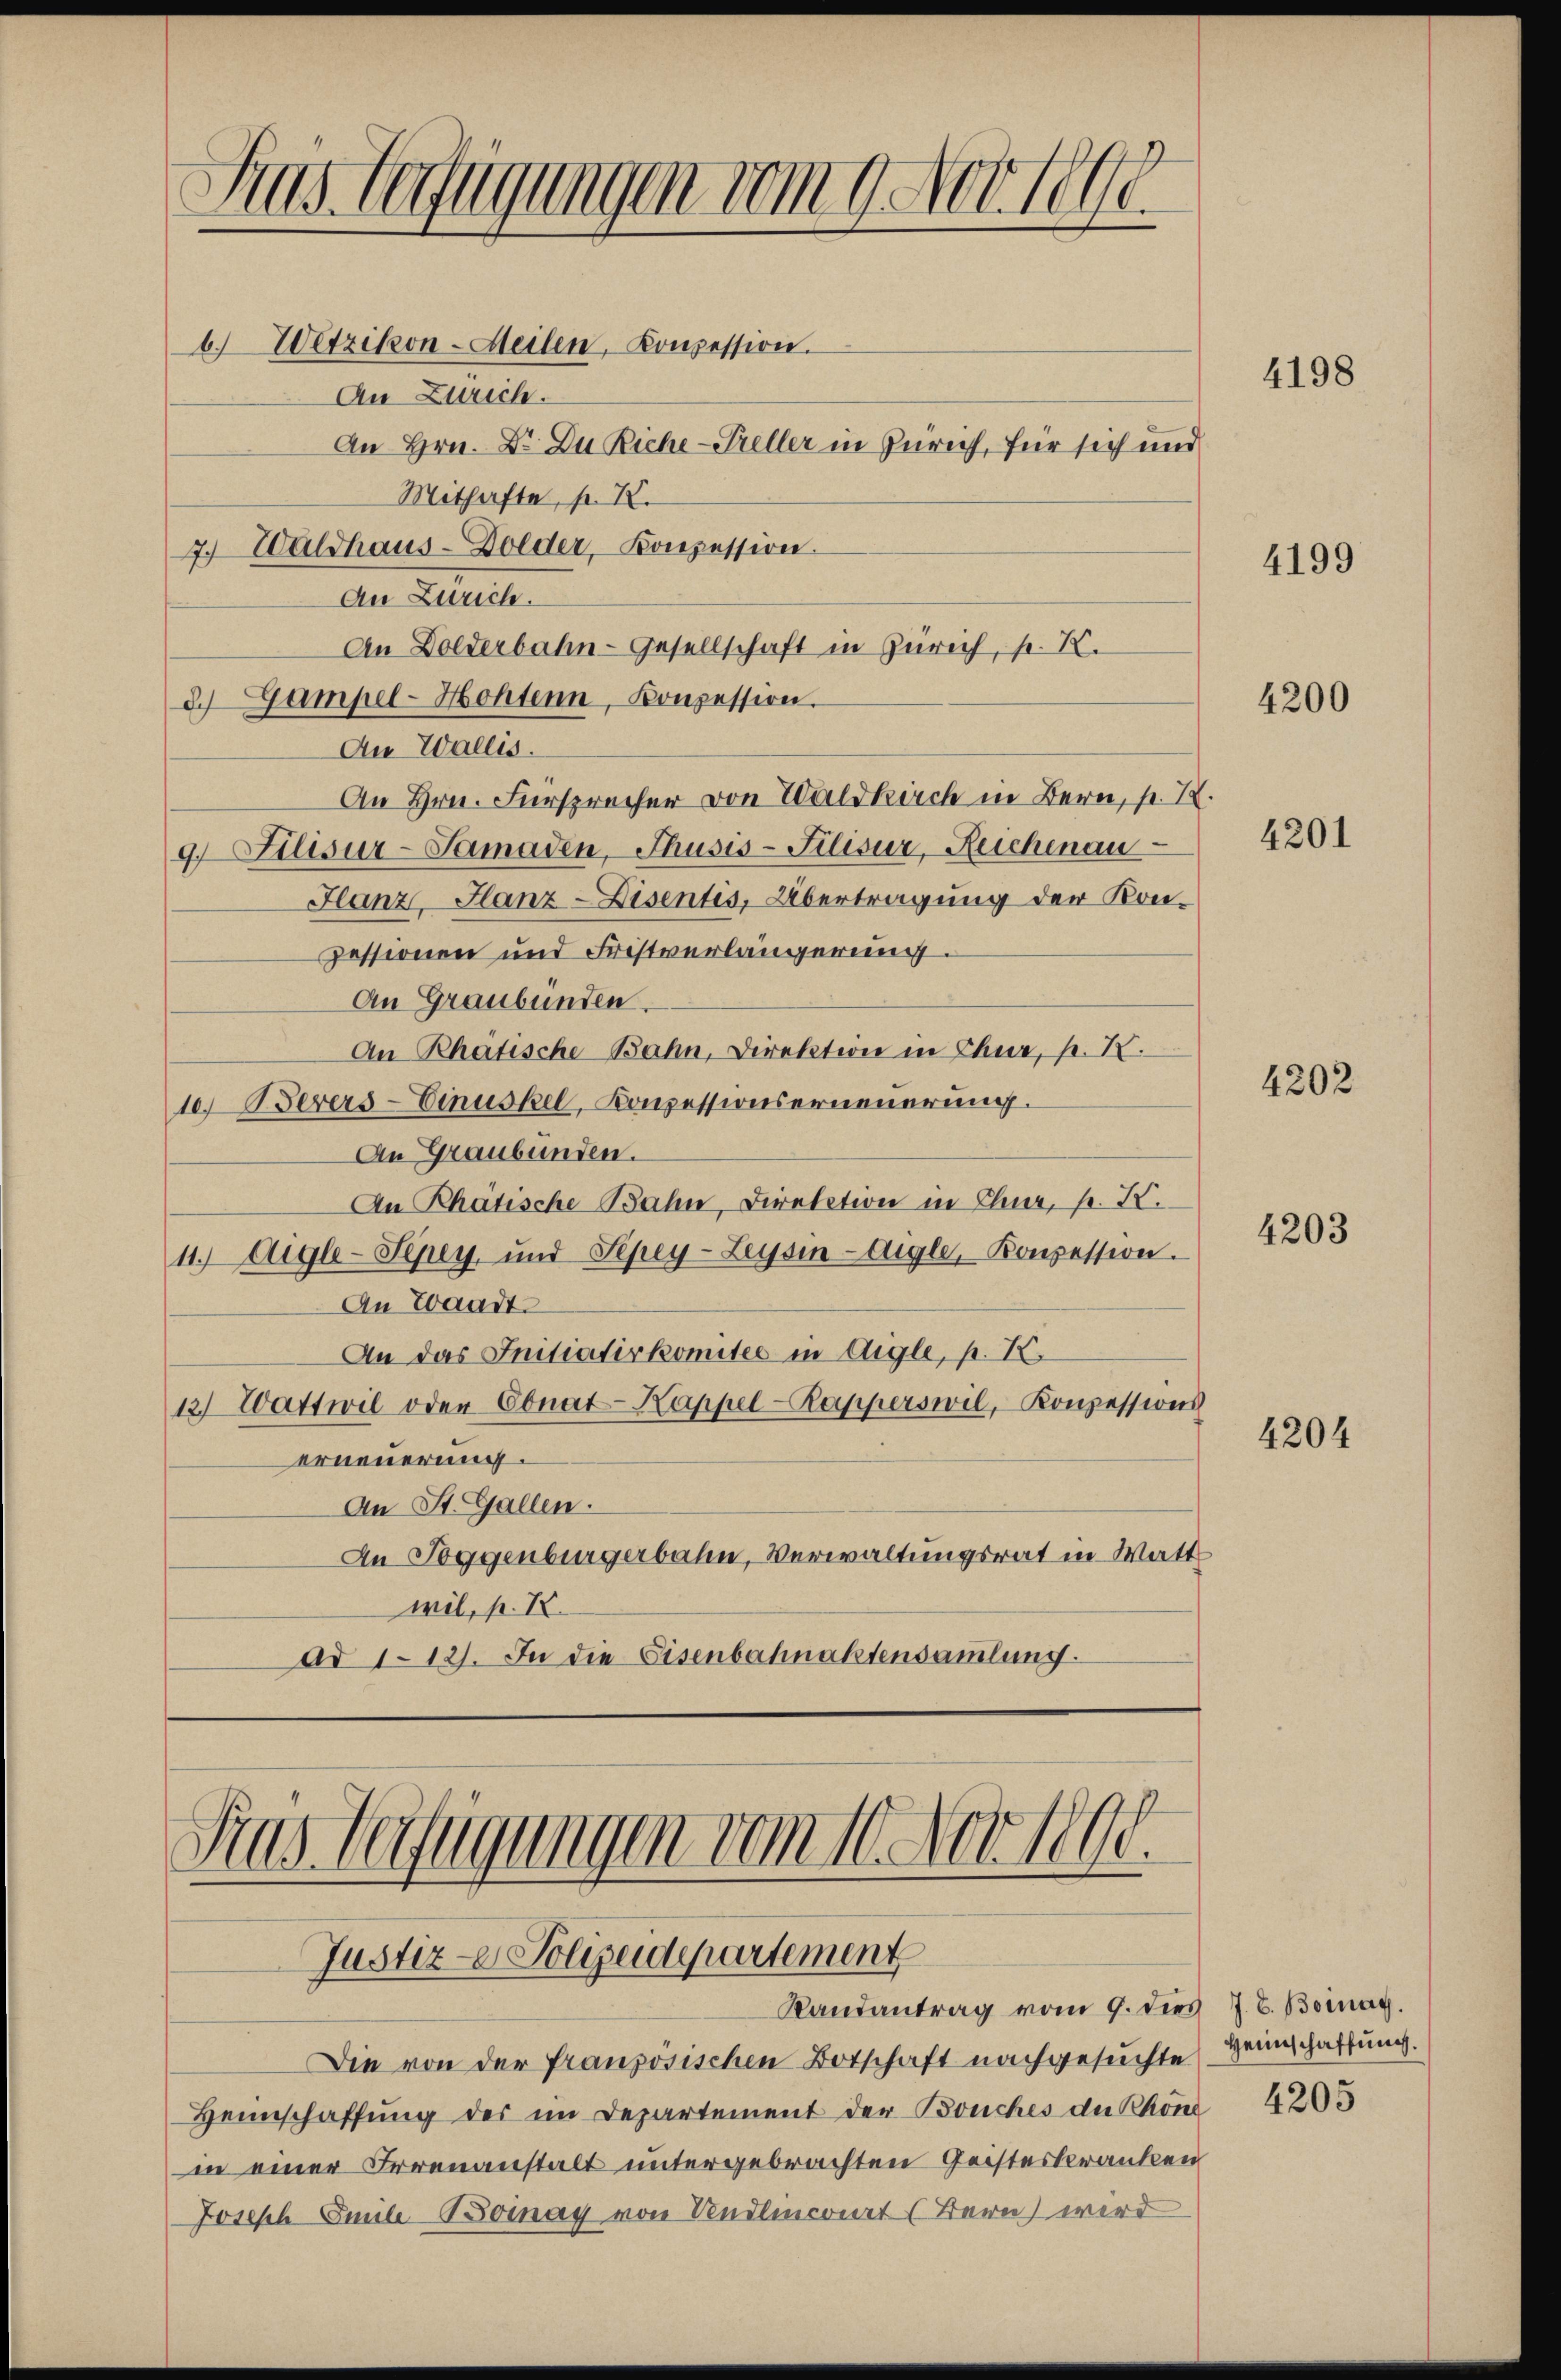
s
uus Verfügungen vom 9. Nov 1848
6.) Wetzikon-Meilen, Konzession.
An Zürich.

Mithafte, p. K.
7) Waldhaus-Dolder, Konzession.
An Zürich.
An Dolderbahn-Gesellschaft in Zürich, p. K.
d. Gampel-Hohten, Konzession.
Au Wallis.
An Hrn. Fürsprecher von Waldkirch in Bern, p. I.
9 Filisur-Samaden, Thusis-Filisur, Reichenau
Flanz, Glanz-Disentis, Übertragung der Kon-
zessionen und Fristverlängerung.
An Graubünden.
An Rhätische Bahn, Direktion in Chur, p. X.
1e. Berers-Einuskel, Konzessionserneuerung.
An Graubünden.
An Rhätische Bahn, Direktion in Chur, s. X.
11. Aigle-Spey. und Sepey-Zeysin-Aigle, Konzession.
An Waadt
An das Initiativkomitee in Aigle, p. K.
12) Wattwil oder Ebnat-Kappel-Rapperswil, Konzessions
erneuerung.
An St. Gallen.
An Toggenburgerbahn, Verwaltungsrat in Watt
wil, p. K.
ad 112. In die Eisenbahnaktensamlung.

Justiz - Polizeidepartement
Randantrag vom 9. dies J. J. Boinag.

An Hrn. Dr. Du Rich-Preller in Zürich, für sich und

Sras Verfügungen vom 10. Nov. 1890.

Die von der französischen Botschaft nachgesuchte Heimschaftung.
Heimschaffŭng der im Departement der Bouches der Khönd 4205
in einer Irrenanstalt untergebrachten Geisteskranken
Joseph Emile-Boinay von Endlincirt (Bern wird

4198

4199

4200

4201

4202

4203

4204